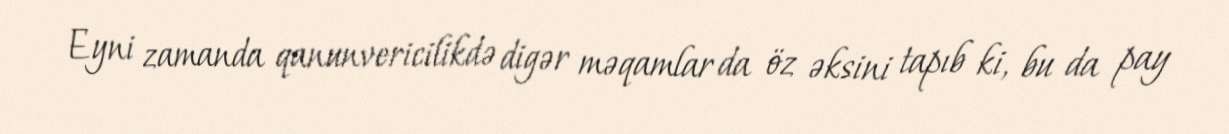
Eyni zamanda qanunvericilikdə digər məqamlar da öz əksini tapıb ki, bu da pay